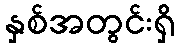
နှစ်အတွင်းရှိ